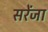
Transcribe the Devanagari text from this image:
सरेंजा